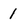
Character: 1